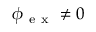
\boldsymbol \phi { } _ { \mathrm { ~ e ~ x ~ } } ^ { } \neq 0